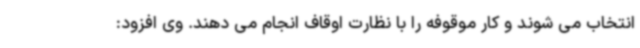
انتخاب می شوند و کار موقوفه را با نظارت اوقاف انجام می دهند. وی افزود: